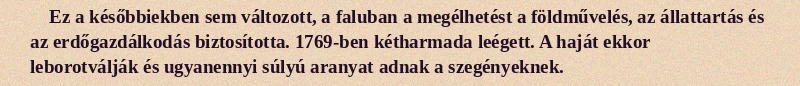
Ez a későbbiekben sem változott, a faluban a megélhetést a földművelés, az állattartás és az erdőgazdálkodás biztosította. 1769-ben kétharmada leégett. A haját ekkor leborotválják és ugyanennyi súlyú aranyat adnak a szegényeknek.